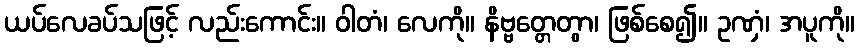
ယပ်လေခပ်သဖြင့် လည်းကောင်း။ ဝါတံ၊ လေကို။ နိဗ္ဗတ္တေတွာ၊ ဖြစ်စေ၍။ ဥဏှံ၊ အပူကို။